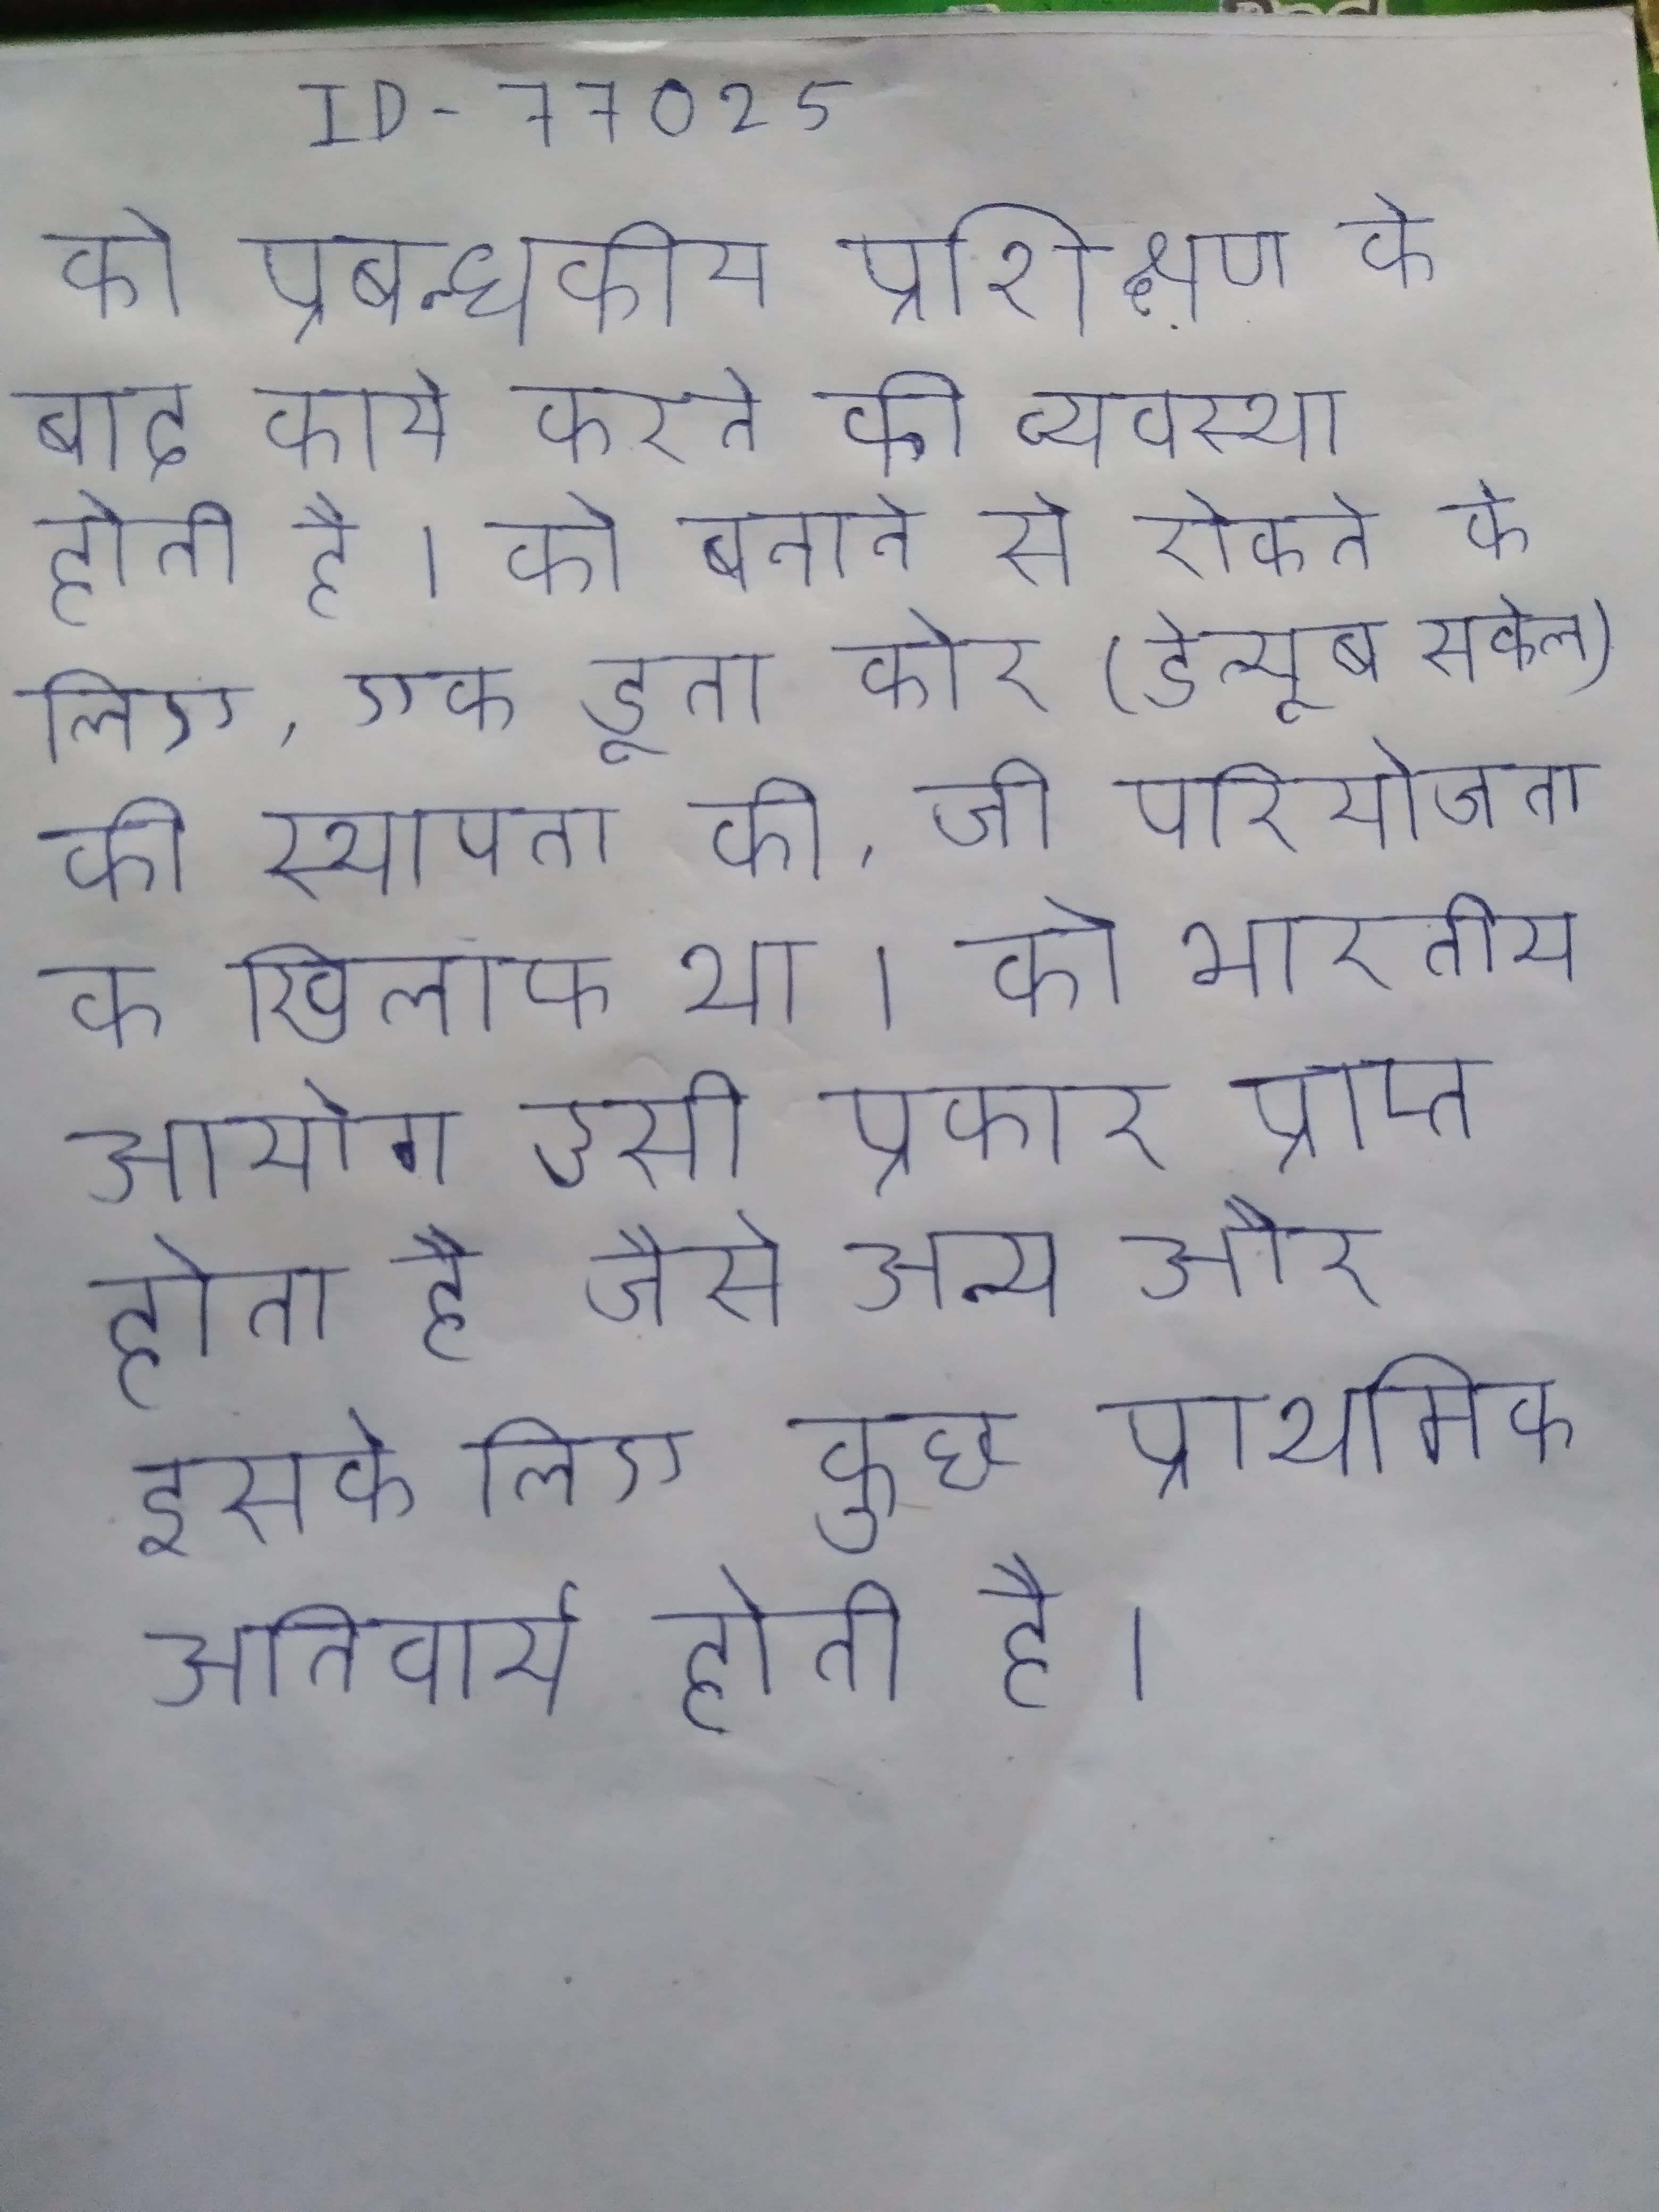
को प्रबन्धकीय प्रशिक्षण के बाद कार्य करने की व्यवस्था होती है । को बनाने से रोकने के लिए, एक डूना कोरे (डेन्यूब सर्कल) की स्थापना की, जो परियोजना के खिलाफ था । को भारतीय आयोग उसी प्रकार प्राप्त होता है जैसे अन्य और इसके लिए कुछ प्राथमिक अनिवार्य होती है ।